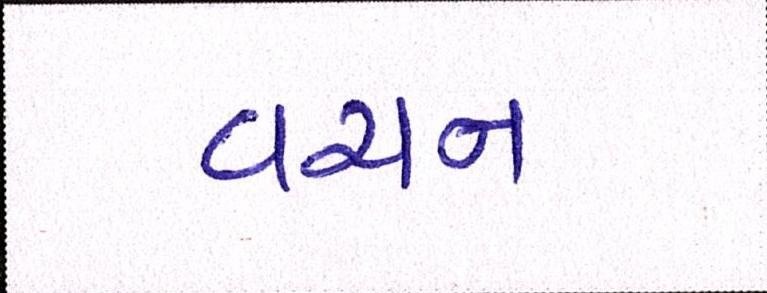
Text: વચન